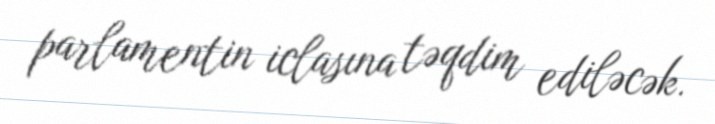
parlamentin iclasına təqdim ediləcək.